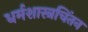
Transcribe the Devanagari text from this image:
धर्मशास्त्रचिंतन